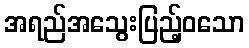
အရည်အသွေးပြည့်ဝသော